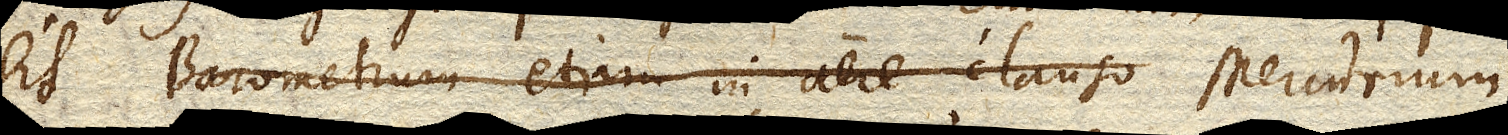
Sit Barometri etiam in aere clauso suspensum